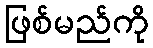
ဖြစ်မည်ကို